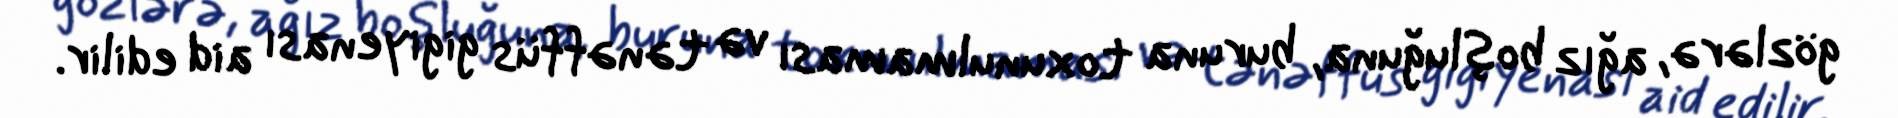
gözlərə, ağız boşluğuna, buruna toxunulmaması və tənəffüs gigiyenası aid edilir.